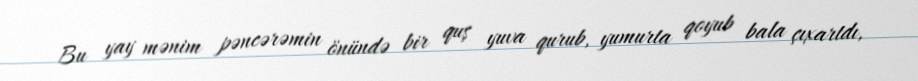
Bu yay mənim pəncərəmin önündə bir quş yuva qurub, yumurta qoyub bala çıxartdı,